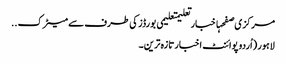
مرکزی صفحہاخبارتعلیمتعلیمی بورڈز کی طرف سے میٹرک ..
لاہور (اُردو پوائنٹ اخبارتازہ ترین۔